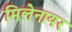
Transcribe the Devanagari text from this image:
मिलेनायर